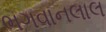
ભગવાનલાલ